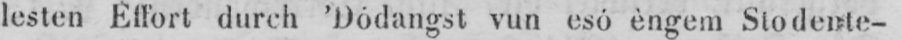
lesten Effort durch ’Dódangst vun esó èngem Stodente-